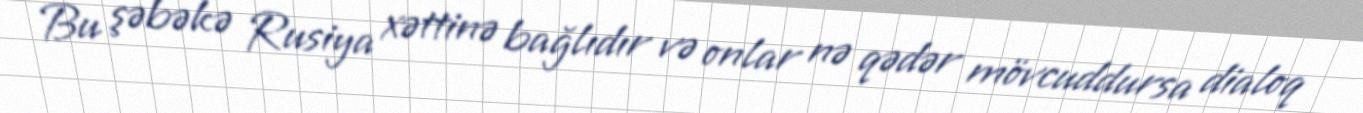
Bu şəbəkə Rusiya xəttinə bağlıdır və onlar nə qədər mövcuddursa dialoq